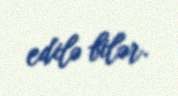
edilə bilər.